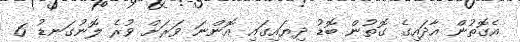
އެގޮތުން އާދައިގެ ގޮތުން ބޮޑު ދިޔައިގައި އޮންނަ ވަރަށް ވުރެ ލޮނުގަނޑު 6